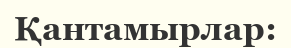
Қантамырлар: